Sanitation, dispensaries and jails vaccination Rajputana 1922-1927 - 1922-1927
Year: 1922
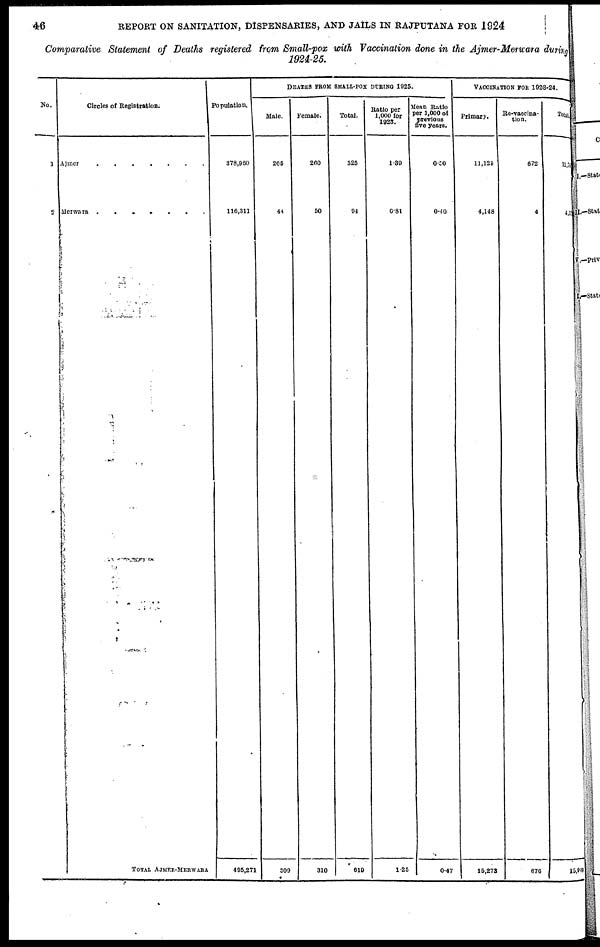
46
REPORT ON SANITATION, DISPENSARIES, AND JAILS IN RAJPUTANA FOR 1924
Comparative Statement of Deaths registered from Small-pox with Vaccination done in the Ajmer-Merwara during
1924-25.
No.
1
2
Circles of Registration.
Ajmer . . . . . . .
Merwara . . . . . . .
TOTAL AJMER-MERWARA
Population.
378,960
116,311
495,271
DEATHS FROM SMALL-POX DURING 1925.
Male.
265
44
309
Female.
260
50
310
Total.
525
94
619
Ratio per
1,000 for
1925.
1.39
0.81
1.25
Mean Ratio
per 1,000 of
previous
five years.
0.50
0.40
0.47
VACCINATION FOR 1923-24.
Primary.
11,125
4,148
15,273
Re-vaccina-
tion.
672
4
676
Total.
11, 79
4,15
15,949